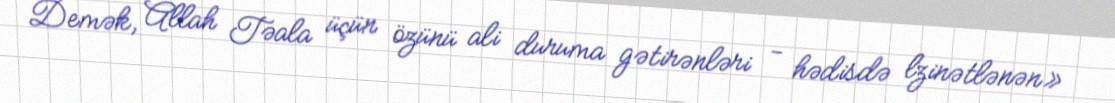
Demək, Allah Təala üçün özünü ali duruma gətirənləri - hədisdə lzinətlənən»